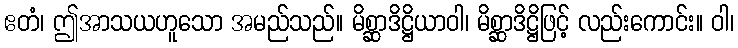
ဧတံ၊ ဤအာသယဟူသော အမည်သည်။ မိစ္ဆာဒိဋ္ဌိယာဝါ၊ မိစ္ဆာဒိဋ္ဌိဖြင့် လည်းကောင်း။ ဝါ၊